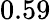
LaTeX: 0.59